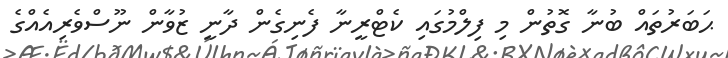
ޙަބަރުތައް ބުނާ ގޮތުން މި ފިލްމުގައި ކެޓްރީނާ ފެނިގެން ދާނީ ޒުވާން ނޫސްވެރިއެއްގެ